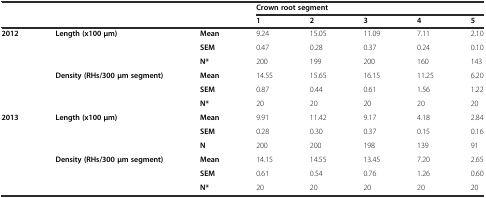
<table><thead><tr><td></td><td></td><td></td><td colspan="5"><b>Crown root segment</b></td></tr><tr><td></td><td></td><td></td><td><b>1</b></td><td><b>2</b></td><td><b>3</b></td><td><b>4</b></td><td><b>5</b></td></tr></thead><tbody><tr><td rowspan="6"><b>2012</b></td><td rowspan="3"><b>Length (x100 μm)</b></td><td><b>Mean</b></td><td>9.24</td><td>15.05</td><td>11.09</td><td>7.11</td><td>2.10</td></tr><tr><td><b>SEM</b></td><td>0.47</td><td>0.28</td><td>0.37</td><td>0.24</td><td>0.10</td></tr><tr><td><b>N*</b></td><td>200</td><td>199</td><td>200</td><td>160</td><td>143</td></tr><tr><td rowspan="3"><b>Density (RHs/300 μm segment)</b></td><td><b>Mean</b></td><td>14.55</td><td>15.65</td><td>16.15</td><td>11.25</td><td>6.20</td></tr><tr><td><b>SEM</b></td><td>0.87</td><td>0.44</td><td>0.61</td><td>1.56</td><td>1.22</td></tr><tr><td><b>N*</b></td><td>20</td><td>20</td><td>20</td><td>20</td><td>20</td></tr><tr><td rowspan="6"><b>2013</b></td><td rowspan="3"><b>Length (x100 μm)</b></td><td><b>Mean</b></td><td>9.91</td><td>11.42</td><td>9.17</td><td>4.18</td><td>2.84</td></tr><tr><td><b>SEM</b></td><td>0.28</td><td>0.30</td><td>0.37</td><td>0.15</td><td>0.16</td></tr><tr><td><b>N</b></td><td>200</td><td>200</td><td>198</td><td>139</td><td>91</td></tr><tr><td rowspan="3"><b>Density (RHs/300 μm segment)</b></td><td><b>Mean</b></td><td>14.15</td><td>14.55</td><td>13.45</td><td>7.20</td><td>2.65</td></tr><tr><td><b>SEM</b></td><td>0.61</td><td>0.54</td><td>0.76</td><td>1.26</td><td>0.60</td></tr><tr><td><b>N*</b></td><td>20</td><td>20</td><td>20</td><td>20</td><td>20</td></tr></tbody></table>